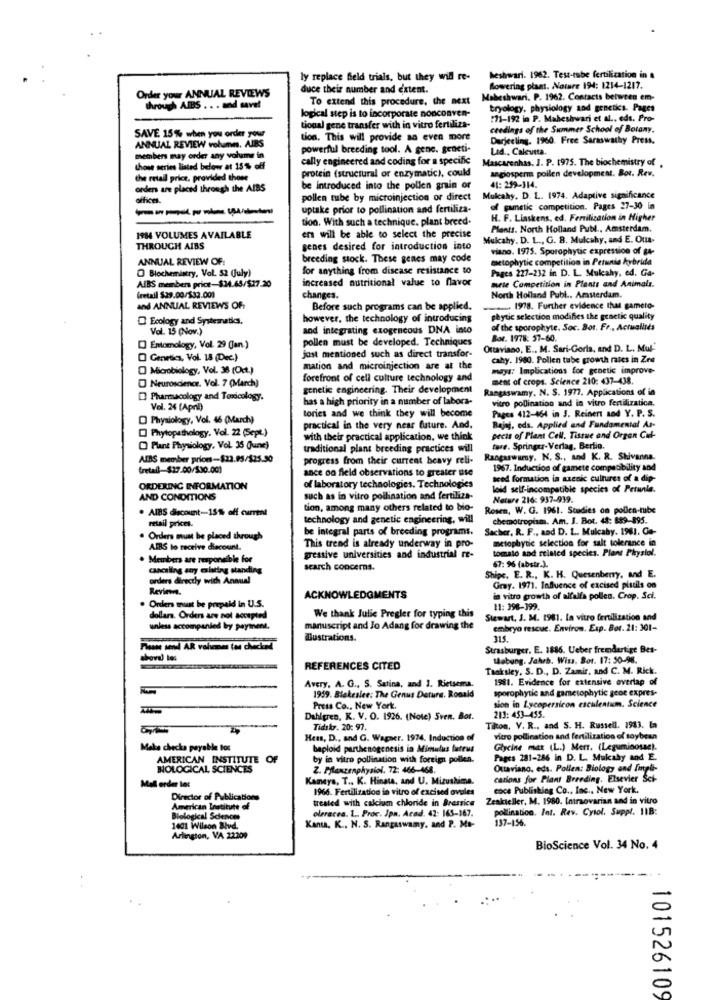
ly replace field trials, but they will re-
heshwari. 1962. Test-tabe fertilization in
Order your ANNUAL REVIEWS
duce their number and extent.
Mowering plast. Notre 194: 1214-1217.
To extend this procedure, the next
Mabeshwari. P. 1962. Contacts between em-
through AIBS . . . and save!
tryology, physiology and genetics. Pages
logical step is to incorporate nonconven-
:71-192 in P. Maheshwari et al ., eds. Pro-
tional gene transfer with in vitro fertiliza-
ctedings of the Summer School of Botany.
SAVE 15% when you order your
ANNUAL REVIEW volumn. AIRS
tion. This will provide an even more
Darjeeling. 1960. Free Saraswathy Press.
powerful breeding tool. A gene. geneti-
Lad ., Calcutta.
members may order any volume in
cally engineered and coding for a specific
Mascarenhas. J. P. 1975. The biochemistry of .
those series listed below at 15% off
protein (structural or enzymatic), could
the retail price, provided those
angiosperm pollen development. Bor. Rev.
orders are placed through the AIBS
be introduced into the pollen grain or
41: 299-314.
offices.
pollen tube by microinjection or direct
Mukahy. D. L. 1974. Adaptive significance
uptake prior to pollination and fertiliza-
of panetic competition. Pages 27-30 in
tion. With such a technique. plant breed-
H. F. Linskens, ed. Fertilization in Higher
Plants. North Holland Publ ., Amsterdam.
1984 VOLUMES AVAILABLE
ers will be able to select the precise
Mulcahy. D. L ., G. B. Mulcahy, and E. Oua-
THROUGH AIBS
genes desired for introduction into
viano. 1975. Sporophytic expression of ga-
ANNUAL REVIEW OF:
breeding stock. These genes may code
metophytic competition in Petunia hybride
O Biochemistry, Vol. 52 (July)
for anything from disease resistance to
Pages 227-232 in D. L. Mukahy, ed. Ga-
increased nutritional value to flavor
AlBS members price-$34.65/527.20
mete Competition in Plants and Animals.
(retail $29.00/$32.00)
changes.
North Holland Publ .. Amsterdam.
and ANNUAL REVIEWS OF
Before such programs can be applied.
1978. Further evidence that gameto-
O Ecology and Systematiks.
however, the technology of introducing
phytic selection modifies the genetic quality
Val. 15 (Nov.)
and integrating exogencous DNA into
of the sporophyte. Soc. Bor. Fr ., Actualisés
pollen must be developed. Techniques
Bor. 1978: 57-60.
[ Entomology, Vol. 29 (Jan.)
Ottaviano, E ., M. Sari-Gorla, and D. L. Mul-
O Genetics, Vol. 18 (Dec.)
just mentioned such as direct transfor-
cahy. 1980. Pollen tube growth rates in Zes
Microbiology, Vol. 38 (Oct.)
mation and microinjection are at the
www: Implications for genetic improve-
Neuroscience. Vol. 7 (March)
forefront of cell culture technology and
ment of crops. Science 210: 437-438.
genetic engineering. Their development
Rangaswamy. N. S. 1977. Applications of in
D) Pharmacology and Toxicology.
has a high priority in a number of labora-
vitro pollination and in vitro fertilizatica.
Vol. 24 (April)
tories and we think they will become
Pages 412-464 in 3. Reinert and Y. P. S.
D Physiology, Vol. 46 (March)
[] Phytopathology. Vol. 22 (Sept.)
practical in the very near future. And.
Bajaj, eds. Applied and Fundamental As-
with their practical application. we think
pects of Plant Cell. Tissue and Organ Cul-
Plant Physiology, Vol. 35 (une)
traditional plant breeding practices will
tore. Springer-Verlag, Berlin.
AIBS member prices-$23.95/525.90
progress from their current heavy reli-
Rangaswamy. N. S ., and K. R. Skivanna.
Cretail-$27.00/530.001
ance on field observations to greater use
1967. Induction of gamete compatibility and
seed formation in axenic cultures of a dip-
ORDERING INFORMATION
of laboratory technologies. Technologies
loid self-incompatible species of Petunie.
AND CONDITIONS
such as in vitro pollination and fertiliza-
Nature 216: 937-939.
. AIBS discount-15% off current
tion, among many others related to bio-
Rosen, W. G. 1961. Studies on pollen-tube
technology and genetic engineering, will
chemotropism. Am. J. Bot. 4: 889-895.
retail prices.
be integral parts of breeding programs.
Sacher, R. F ., and D. L. Mulcahy. 1961. Ca-
Orders must be placed through
metophytic selection for salt tolerance in
AIRS to receive discount.
This trend is already underway in pro-
tomato and related species. Plant Physiol.
. M
›are responsible for
gressive universities and industrial re-
67: 96 (abstr.).
canceling any existing standing
search concerns.
orders directly with Annual
Shipe. E. R ., K. H. Quesenberry, and E.
Reviens.
Gray. 1971. Influence of excised pistils on
ACKNOWLEDGMENTS
in vitro growth of alfalfa pollen. Crop. Sci.
Orders must be prepaid in U.S.
11: 398-399.
dollars. Orders are not accepted
We thank Julie Pregler for typing this
Stewart, J. M. 1981. In vitro fertilization and
unless accompanied by payment.
manuscript and Jo Adang for drawing the
embryo rescue. Environ. Exp. Bor. 21: 301-
Bustrations.
315.
Strasburger. E. 1886. Ueber fremdartige Bes-
thebung. Jahrb. Wiss, Bor. 17: 50-96.
REFERENCES CITED
Taaksiey, S. D ., D. Zamir, and C. M. Rick.
Avery, A. G ., S. Satina, and 3. Rietsema.
1981. Evidence for extensive overlap of
sporophytic and gametophytic gene expres-
1959. Blakeslee: The Genus Deture. Ronald
sion in Lycopersicon esculentum. Science
Press Co ., New York.
213: 453-455.
Dahlgren, K. V. O. 1926. (Note) Sven. Bor.
Tidskr. 20: 97.
Tilon, V. R ., and S. H. Russell. 1983. In
Hess, D ., and G. Wagaer. 1974. Induction of
vitro pollination and fertilization of soybean
Make checka payable tos
baploid parthenogenesis in Mimulus buteus
Glycine mat (L.) Merr. (Leguminosas).
AMERICAN INSTITUTE OF
by in vitro pollination with foreign pollen.
Pages 281-286 in D. L. Mukaby and E.
NOLOGICAL SCIENCES
Z. Pflanzenphysiol. 72: 466-468.
Ottaviano, eds. Pollen: Biology and Simple-
Kameys, T ., K. Hinata, and U. Mizushima.
cations for Plant Breeding. Elsevier Sci-
Mail order let
1966. Fertilization in vitro of excised ovules
coce Publishing Co ., Inc .. New York.
Director of Publications
treated with calcium chloride in Brassica
Zeskieller, M. 1980. Intraovarian and in vitro
American Institute of
oleracea. 1 .. Proc. Jpn. Acad. 42: 165-167.
pollination. let. Rev. Cytol. Suppl. 11B:
cal Science
137-156.
1401 Wilson Blvd.
Kanu. K ., N. S. Rantaswamy, and P. Ma-
Arlington, VA 22209
BioScience Vol. 34 No. 4
101526109